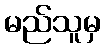
မည်သူမှ